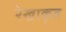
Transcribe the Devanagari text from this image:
रेखाकृत